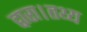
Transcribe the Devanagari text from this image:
द्वारा।तथ्य